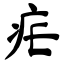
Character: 疟